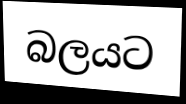
බලයට